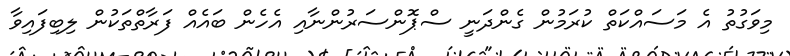
މިވަގުތު އެ މަސައްކަތް ކުރަމުން ގެންދަނީ ސްޕޮންސަރުންނާއި އެހެން ބައެއް ފަރާތްތަކުން ލިބިފައިވާ